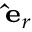
\scriptstyle \mathbf { \hat { e } } _ { r }